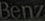
Benz